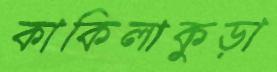
কাকিলাকুড়া